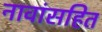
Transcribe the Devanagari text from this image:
नावांसहित